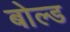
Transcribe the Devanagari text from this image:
बोल्‍ड